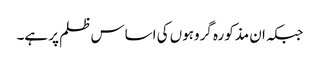
جبکہ ان مذکورہ گروہوں کی اساس ظلم پر ہے۔